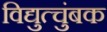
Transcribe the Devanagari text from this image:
विद्युत्चुंबक